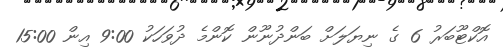
އޮކްޓޫބަރު 6 ގެ ނިޔަލަށް ބަންދުނޫން ކޮންމެ ދުވަހަކު 9:00 އިން 15:00